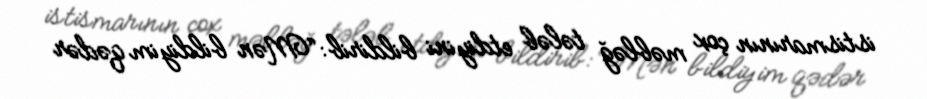
istismarının çox məbləğ tələb etdiyini bildirib: “Mən bildiyim qədər